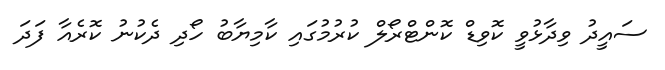
ސައީދު ވިދާޅުވީ ކޮވިޑް ކޮންޓްރޯލް ކުރުމުގައި ކާމިޔާބު ހޯދި ދެކުނު ކޮރެއާާ ފަދަ